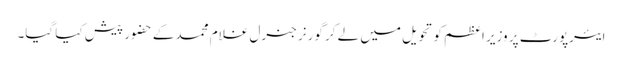
ایئرپورٹ پر وزیر اعظم کو تحویل میں لے کر گورنر جنرل غلام محمد کے حضور پیش کیا گیا۔